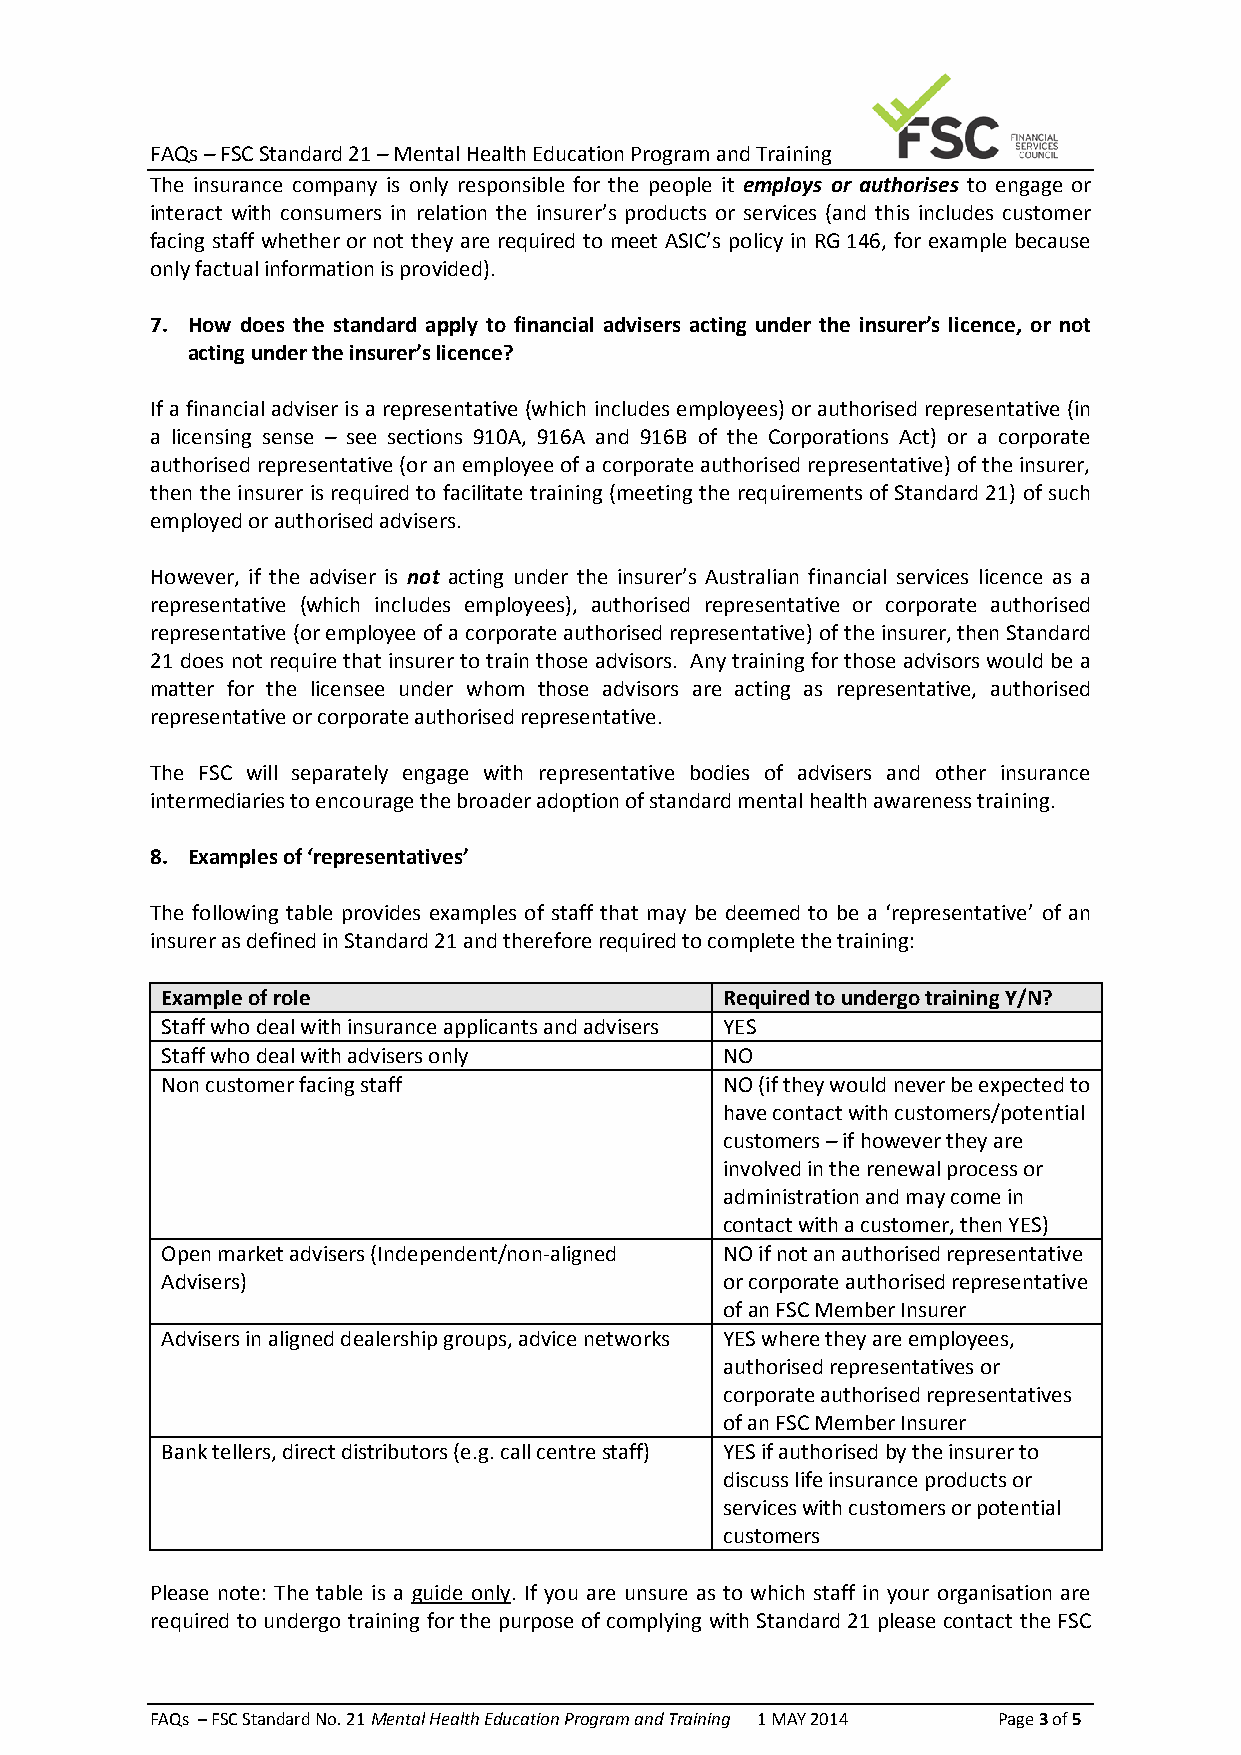
FAQs – FSC Standard 21 – Mental Health Education Program and Training
 The insurance company is only responsible for the people it employs or authorises to engage or
 interact with consumers in relation the insurer’s products or services (and this includes customer
 facing staff whether or not they are required to meet ASIC’s policy in RG 146, for example because
 only factual information is provided).
 7. How does the standard apply to financial advisers acting under the insurer’s licence, or not
 acting under the insurer’s licence?
 If a financial adviser is a representative (which includes employees) or authorised representative (in
 a licensing sense – see sections 910A, 916A and 916B of the Corporations Act) or a corporate
 authorised representative (or an employee of a corporate authorised representative) of the insurer,
 then the insurer is required to facilitate training (meeting the requirements of Standard 21) of such
 employed or authorised advisers.
 However, if the adviser is not acting under the insurer’s Australian financial services licence as a
 representative (which includes employees), authorised representative or corporate authorised
 representative (or employee of a corporate authorised representative) of the insurer, then Standard
 21 does not require that insurer to train those advisors. Any training for those advisors would be a
 matter for the licensee under whom those advisors are acting as representative, authorised
 representative or corporate authorised representative.
 The FSC will separately engage with representative bodies of advisers and other insurance
 intermediaries to encourage the broader adoption of standard mental health awareness training.
 8. Examples of ‘representatives’
 The following table provides examples of staff that may be deemed to be a ‘representative’ of an
 insurer as defined in Standard 21 and therefore required to complete the training:
 Example of role                      Required to undergo training Y/N?
 Staff who deal with insurance applicants and advisers YES
 Staff who deal with advisers only    NO
 Non customer facing staff            NO (if they would never be expected to
 have contact with customers/potential
 customers – if however they are
 involved in the renewal process or
 administration and may come in
 contact with a customer, then YES)
 Open market advisers (Independent/non-aligned NO if not an authorised representative
 Advisers)                            or corporate authorised representative
 of an FSC Member Insurer
 Advisers in aligned dealership groups, advice networks YES where they are employees,
 authorised representatives or
 corporate authorised representatives
 of an FSC Member Insurer
 Bank tellers, direct distributors (e.g. call centre staff) YES if authorised by the insurer to
 discuss life insurance products or
 services with customers or potential
 customers
 Please note: The table is a guide only. If you are unsure as to which staff in your organisation are
 required to undergo training for the purpose of complying with Standard 21 please contact the FSC
 FAQs – FSC Standard No. 21 Mental Health Education Program and Training 1 MAY 2014 Page 3 of 5